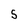
Character: 5